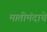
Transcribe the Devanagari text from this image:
मातीमंदाचे